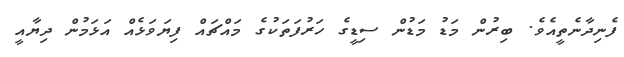
ފެނިދާނެތީއެވެ. ބިރުން މަޑު މަޑުން ސިޑީގެ ހަރުފަތަކުގެ މައްޗައް ފިޔަވަޅެއް އަޅަމުން ދިޔާއީ